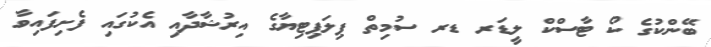
ބޭންކުގެ ކޯ ޓާސްކް ލީޑަރ ޑރ ސުމިތް ޕިލަޕިޓިޔާގެ އިރުޝާދާއި އެކުގައި ފެށިފައިވާ